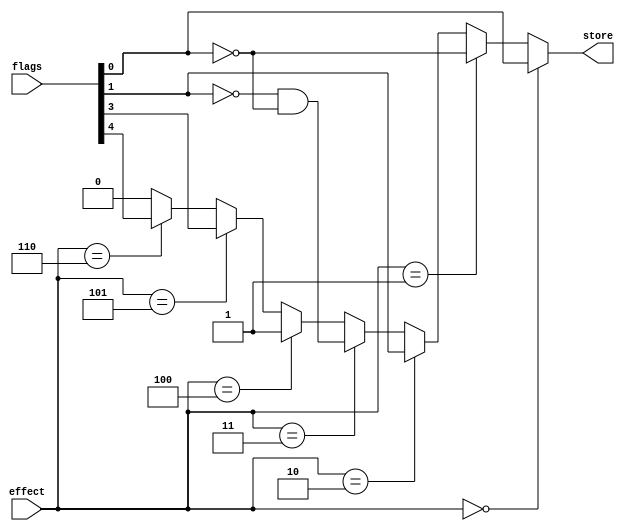
module effect_decoder (
    input [15:0] flags,
    input [2:0] effect,
    output store
);
    assign store =
        effect == 3'h0 ? flags[0] :
        effect == 3'h1 ? ~flags[0] :
        effect == 3'h2 ? flags[1] :
        effect == 3'h3 ? ~flags[1] & ~flags[0] :
        effect == 3'h4 ? 1 :
        effect == 3'h5 ? flags[3] :
        effect == 3'h6 ? flags[4] :
        0;

endmodule